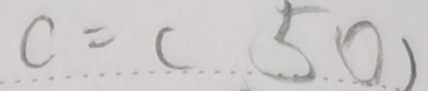
c = ( 5 0 )